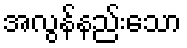
အလွန်နည်းသော